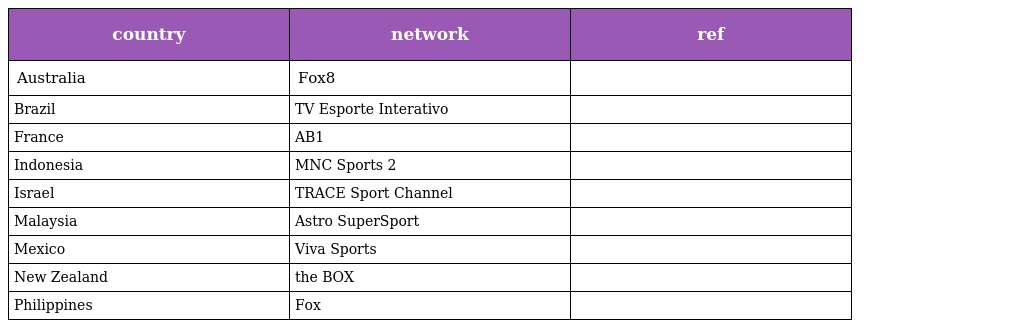
| country | network | ref |
 | --- | --- | --- |
 | Australia | Fox8 |  |
 | Brazil | TV Esporte Interativo |  |
 | France | AB1 |  |
 | Indonesia | MNC Sports 2 |  |
 | Israel | TRACE Sport Channel |  |
 | Malaysia | Astro SuperSport |  |
 | Mexico | Viva Sports |  |
 | New Zealand | the BOX |  |
 | Philippines | Fox |  |